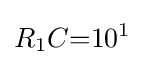
R_{1}C{=}10^{1}